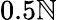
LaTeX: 0.5\mathbb{N}